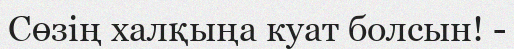
Сөзің халқыңа куат болсын! -